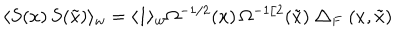
\langle S ( x ) \, S ( \tilde { x } ) \rangle _ { w } = \langle 1 \rangle _ { w } \Omega ^ { - 1 / 2 } ( x ) \, \Omega ^ { - 1 / 2 } ( \tilde { x } ) \bigtriangleup _ { F } ( x , \tilde { x } )